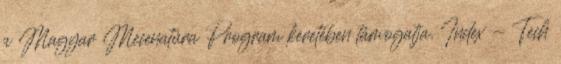
a Magyar Mecenatúra Program keretében támogatja. Index - Tech